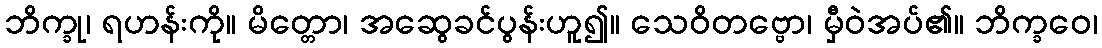
ဘိက္ခု၊ ရဟန်းကို။ မိတ္တော၊ အဆွေခင်ပွန်းဟူ၍။ သေဝိတဗ္ဗော၊ မှီဝဲအပ်၏။ ဘိက္ခဝေ၊